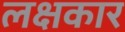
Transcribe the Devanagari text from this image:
लक्षकार